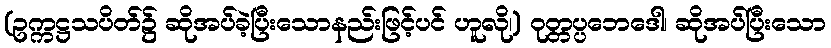
(ဥက္ကဋ္ဌသပိတ်၌ ဆိုအပ်ခဲ့ပြီးသောနည်းဖြင့်ပင် ဟူလို၊) ဝုတ္တပ္ပဘေဒေါ၊ ဆိုအပ်ပြီးသော